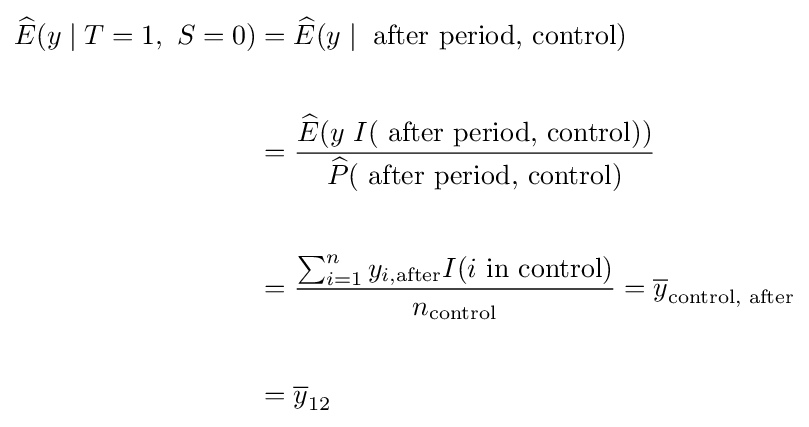
{\begin{aligned}{\widehat {E}}(y\mid T=1,~S=0)&={\widehat {E}}(y\mid {\text{ after period, control}})\\[3pt]\\&={\frac {{\widehat {E}}(y\ I({\text{ after period, control}}))}{{\widehat {P}}({\text{ after period, control}})}}\\[3pt]\\&={\frac {\sum _{i=1}^{n}y_{i,{\text{after}}}I(i{\text{ in control}})}{n_{\text{control}}}}={\overline {y}}_{\text{control, after}}\\[3pt]\\&={\overline {y}}_{\text{12}}\end{aligned}}